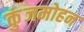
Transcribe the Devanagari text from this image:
कुंजमोहन